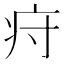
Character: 疛